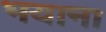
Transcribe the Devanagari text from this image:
भयाना